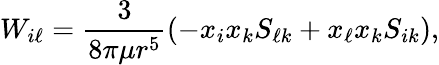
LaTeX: W_{i\ell}=\frac{3}{8\pi\mu r^{5}}\left(-x_{i}x_{k}S_{\ell k}+x_{\ell}x_{k}S_{ik}\right),